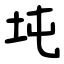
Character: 坉